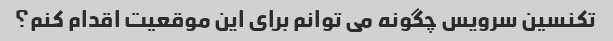
تکنسین سرویس چگونه می توانم برای این موقعیت اقدام کنم؟